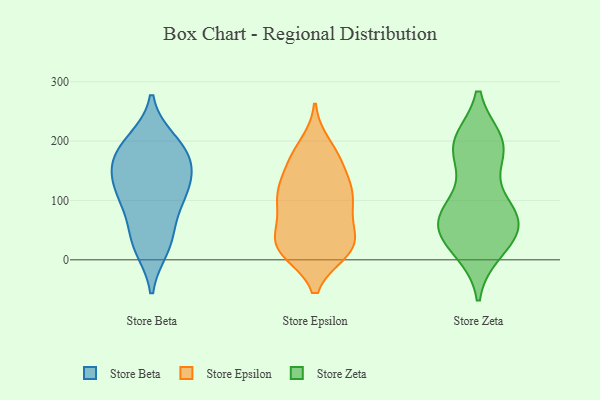
{"axis": {"x": "Population (Million)", "y": "Value"}, "legend": ["Store Beta", "Store Epsilon", "Store Zeta"], "data": [{"x": "", "y": 160, "type": "Store Beta"}, {"x": "", "y": 200, "type": "Store Beta"}, {"x": "", "y": 27, "type": "Store Beta"}, {"x": "", "y": 190, "type": "Store Beta"}, {"x": "", "y": 123, "type": "Store Beta"}, {"x": "", "y": 150, "type": "Store Beta"}, {"x": "", "y": 21, "type": "Store Beta"}, {"x": "", "y": 47, "type": "Store Beta"}, {"x": "", "y": 162, "type": "Store Beta"}, {"x": "", "y": 186, "type": "Store Beta"}, {"x": "", "y": 106, "type": "Store Beta"}, {"x": "", "y": 114, "type": "Store Beta"}, {"x": "", "y": 94, "type": "Store Beta"}, {"x": "", "y": 103, "type": "Store Epsilon"}, {"x": "", "y": 17, "type": "Store Epsilon"}, {"x": "", "y": 14, "type": "Store Epsilon"}, {"x": "", "y": 68, "type": "Store Epsilon"}, {"x": "", "y": 17, "type": "Store Epsilon"}, {"x": "", "y": 32, "type": "Store Epsilon"}, {"x": "", "y": 17, "type": "Store Epsilon"}, {"x": "", "y": 137, "type": "Store Epsilon"}, {"x": "", "y": 113, "type": "Store Epsilon"}, {"x": "", "y": 112, "type": "Store Epsilon"}, {"x": "", "y": 46, "type": "Store Epsilon"}, {"x": "", "y": 170, "type": "Store Epsilon"}, {"x": "", "y": 40, "type": "Store Epsilon"}, {"x": "", "y": 112, "type": "Store Epsilon"}, {"x": "", "y": 107, "type": "Store Epsilon"}, {"x": "", "y": 168, "type": "Store Epsilon"}, {"x": "", "y": 18, "type": "Store Epsilon"}, {"x": "", "y": 193, "type": "Store Epsilon"}, {"x": "", "y": 86, "type": "Store Epsilon"}, {"x": "", "y": 171, "type": "Store Epsilon"}, {"x": "", "y": 64, "type": "Store Zeta"}, {"x": "", "y": 85, "type": "Store Zeta"}, {"x": "", "y": 15, "type": "Store Zeta"}, {"x": "", "y": 199, "type": "Store Zeta"}, {"x": "", "y": 74, "type": "Store Zeta"}, {"x": "", "y": 163, "type": "Store Zeta"}, {"x": "", "y": 36, "type": "Store Zeta"}, {"x": "", "y": 38, "type": "Store Zeta"}, {"x": "", "y": 200, "type": "Store Zeta"}, {"x": "", "y": 89, "type": "Store Zeta"}, {"x": "", "y": 78, "type": "Store Zeta"}, {"x": "", "y": 181, "type": "Store Zeta"}, {"x": "", "y": 59, "type": "Store Zeta"}, {"x": "", "y": 62, "type": "Store Zeta"}, {"x": "", "y": 16, "type": "Store Zeta"}, {"x": "", "y": 195, "type": "Store Zeta"}, {"x": "", "y": 198, "type": "Store Zeta"}]}